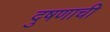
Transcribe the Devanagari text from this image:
दुषणाची